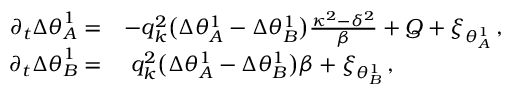
\begin{array} { r l } { \partial _ { t } { \Delta \theta } _ { A } ^ { 1 } = } & { - q _ { k } ^ { 2 } \big ( \Delta \theta _ { A } ^ { 1 } - \Delta \theta _ { B } ^ { 1 } \big ) \frac { \kappa ^ { 2 } - \delta ^ { 2 } } { \beta } + Q + \xi _ { \theta _ { A } ^ { 1 } } \, , } \\ { \partial _ { t } { \Delta \theta } _ { B } ^ { 1 } = } & { ~ q _ { k } ^ { 2 } \big ( \Delta \theta _ { A } ^ { 1 } - \Delta \theta _ { B } ^ { 1 } \big ) \beta + \xi _ { \theta _ { B } ^ { 1 } } \, , } \end{array}